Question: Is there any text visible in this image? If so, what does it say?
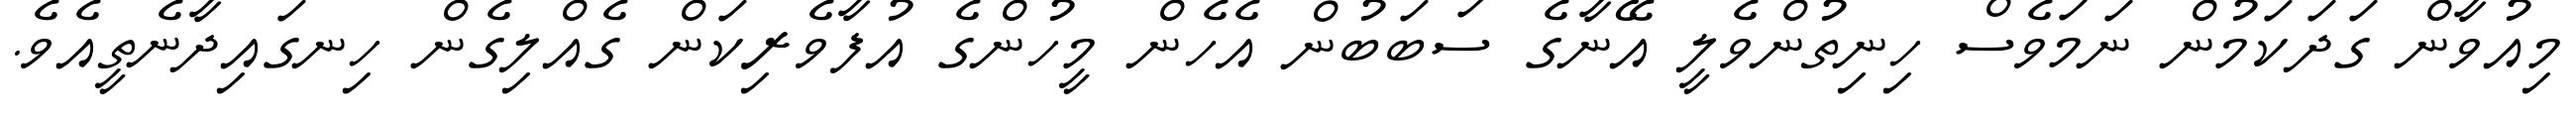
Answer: މިއުވާން ގަދަކަމުން ނަމަވެސް ހިނިތުންވެލީ އޭނާގެ ސަބަބުން އެހެން މީހުންގެ އުފާވެރިކަން ގެއްލިގެން ހިނގައިދާނެތީއެވެ.